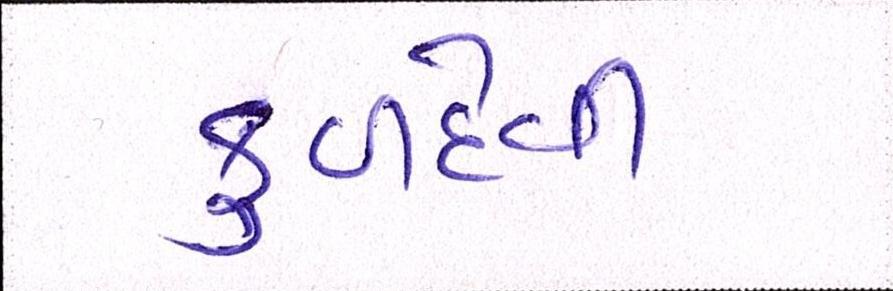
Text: કુળદેવી